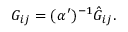
G _ { i j } = ( \alpha ^ { \prime } ) ^ { - 1 } \hat { G } _ { i j } .